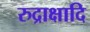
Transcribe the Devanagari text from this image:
रुद्राक्षादि